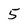
Character: 5